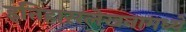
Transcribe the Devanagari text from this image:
इतिहासलेखनामध्ये